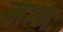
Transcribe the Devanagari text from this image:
मग्नः